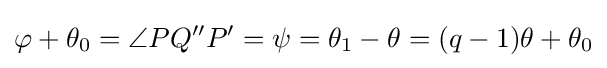
\varphi +\theta _{0}=\angle PQ''P'=\psi =\theta _{1}-\theta =(q-1)\theta +\theta _{0}